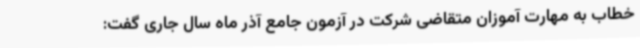
خطاب به مهارت آموزان متقاضی شرکت در آزمون جامع آذر ماه سال جاری گفت: